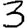
Digit: 3